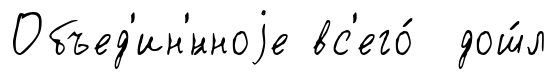
Объед'ин'́нноjе вс'его́ дош́л